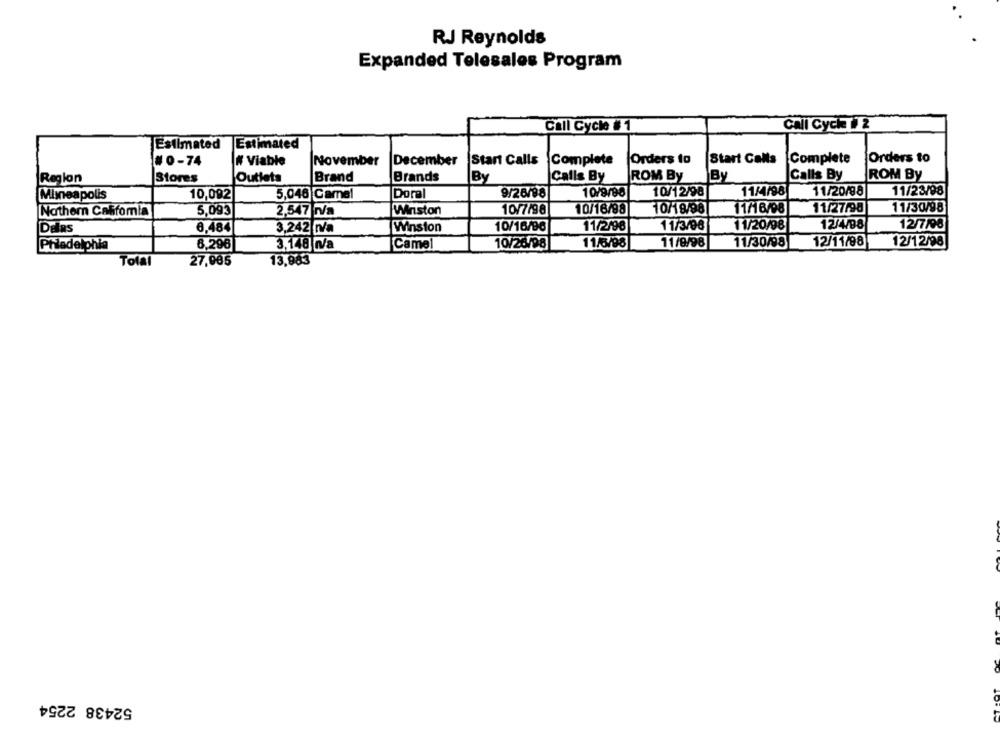
RJ Reynolds
Expanded Telesales Program
Call Cych # 2
Call Cycle # 1
Estimated
Estimated
#0-74
# Viable
November
December
Start Calls
Complete
Orders to
Start Calls
Complete
Orders to
Stores
Outlets
Brand
Brands
By
Calls By
ROM By
By
Calls By
ROM By
Region
Doral
9/28/98
10/9/98
10/12/98
11/4/98
11/20/98
11/23/08
Minneapolis
10,092
5,046 Camel
11/30/98
Nathem California
5,093
2,547 n/a
Winston
10/7/98
10/16/98
11/16/98
11/27/98
DElas
6,484
3,242 n/a
Winston
10/16/98
11/2/96
11/3/08
11/20/98
12/4/98
12/7/98
11/6/98
11/9/98
11/30/98
12/11/98
12/12/98
Philadelphia
6,296
3,148 n/a
Camel
10/26/98
Total
27,985
13,983
52438 2254